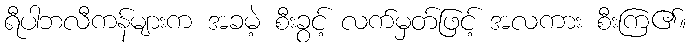
ရီပါဘလီကန်များက အခမဲ့ စီးခွင့် လက်မှတ်ဖြင့် အလကား စီးကြ၏။